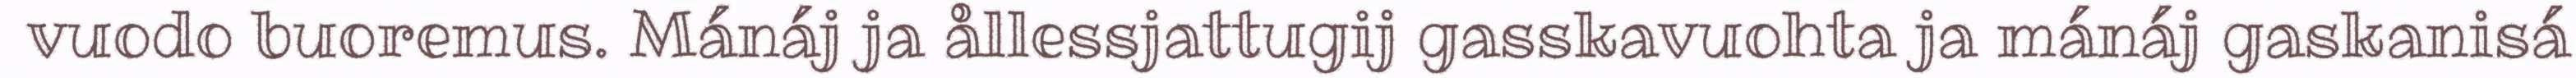
vuodo buoremus. Mánáj ja ållessjattugij gasskavuohta ja mánáj gaskanisá